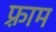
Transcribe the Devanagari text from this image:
फ़्राम